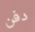
دفن